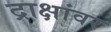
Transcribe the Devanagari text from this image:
द्राक्षांवर